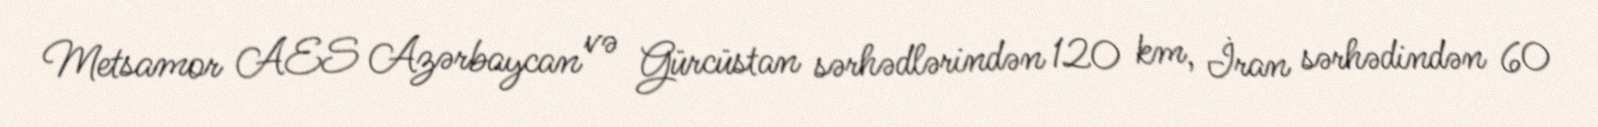
Metsamor AES Azərbaycan və Gürcüstan sərhədlərindən 120 km, İran sərhədindən 60